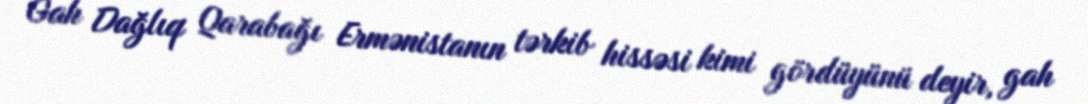
Gah Dağlıq Qarabağı Ermənistanın tərkib hissəsi kimi gördüyünü deyir, gah